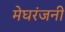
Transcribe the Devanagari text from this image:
मेघरंजनी